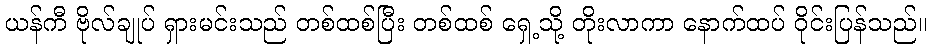
ယန်ကီ ဗိုလ်ချုပ် ရှားမင်းသည် တစ်ထစ်ပြီး တစ်ထစ် ရှေ့သို့ တိုးလာကာ နောက်ထပ် ဝိုင်းပြန်သည်။